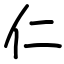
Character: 仁